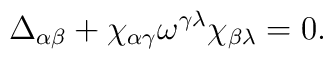
\Delta_{\alpha\beta}+\chi_{\alpha\gamma}\omega^{\gamma\lambda}\chi_{\beta\lambda}=0.